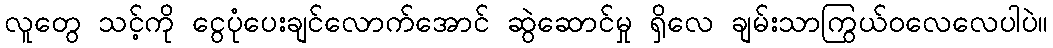
လူတွေ သင့်ကို ငွေပုံပေးချင်လောက်အောင် ဆွဲဆောင်မှု ရှိလေ ချမ်းသာကြွယ်ဝလေလေပါပဲ။